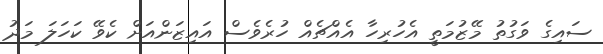
ސައިގެ ވަގުތު މޭޒުމަތީ އެހުރިހާ އެއްޗެއް ހުރެވެސް އައިޒަންއަށް ކެވޭ ކަހަލަ މަދު